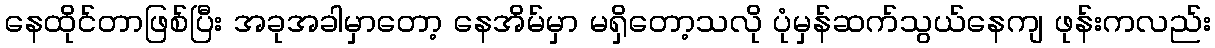
နေထိုင်တာဖြစ်ပြီး အခုအခါမှာတော့ နေအိမ်မှာ မရှိတော့သလို ပုံမှန်ဆက်သွယ်နေကျ ဖုန်းကလည်း